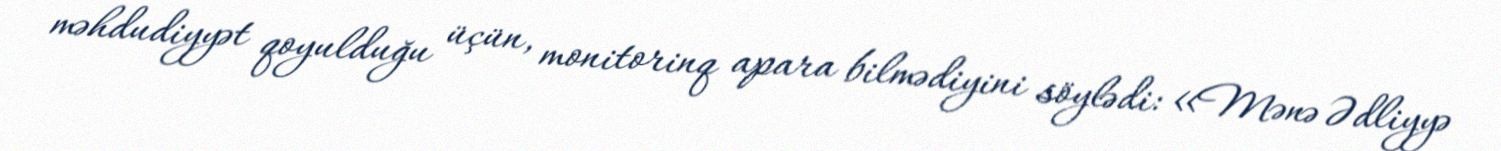
məhdudiyyət qoyulduğu üçün, monitorinq apara bilmədiyini söylədi: «Mənə Ədliyyə